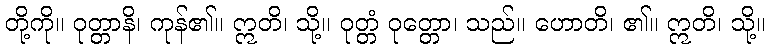
တို့ကို။ ဝုတ္တာနိ၊ ကုန်၏။ ဣတိ၊ သို့။ ဝုတ္တံ ဝုတ္တော၊ သည်။ ဟောတိ၊ ၏။ ဣတိ၊ သို့။